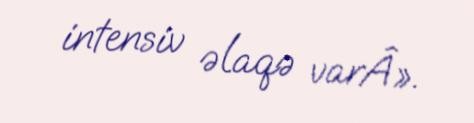
intensiv əlaqə varÂ».